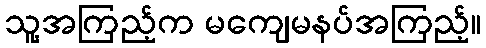
သူ့အကြည့်က မကျေမနပ်အကြည့်။